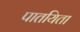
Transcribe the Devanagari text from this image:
पातयिता